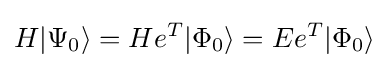
H|\Psi _{0}\rangle =He^{T}|\Phi _{0}\rangle =Ee^{T}|\Phi _{0}\rangle